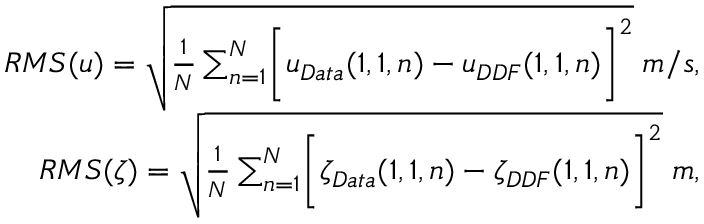
\begin{array} { r l r } & { } & { R M S ( u ) = \sqrt { \frac { 1 } { N } \sum _ { n = 1 } ^ { N } \biggl [ u _ { D a t a } ( 1 , 1 , n ) - u _ { D D F } ( 1 , 1 , n ) \biggr ] ^ { 2 } } \; m / s , } \\ & { } & { R M S ( \zeta ) = \sqrt { \frac { 1 } { N } \sum _ { n = 1 } ^ { N } \biggl [ \zeta _ { D a t a } ( 1 , 1 , n ) - \zeta _ { D D F } ( 1 , 1 , n ) \biggr ] ^ { 2 } } \; m , } \end{array}